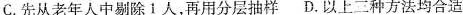
C.先从老年人中剔除1人，再用分层抽样D.以上三种方法均合适